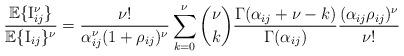
LaTeX: \begin{align*}\frac{\mathbb{E}\{\mathrm{I}_{ij}^\nu\}}{\mathbb{E}\{\mathrm{I}_{ij}\}^\nu} = \frac{\nu!}{\alpha_{ij}^\nu(1+\rho_{ij})^\nu}\sum_{k=0}^{\nu}\binom{\nu}{k}\frac{\Gamma(\alpha_{ij}+\nu-k)}{\Gamma(\alpha_{ij})}\frac{(\alpha_{ij}\rho_{ij})^\nu}{\nu!}\end{align*}